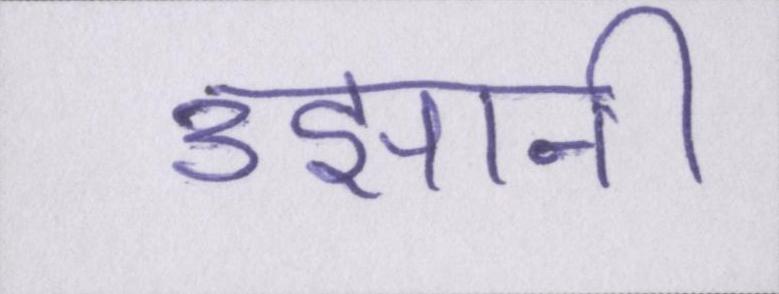
उझानी